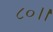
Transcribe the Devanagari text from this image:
८०।।